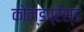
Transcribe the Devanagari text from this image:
कोल्डप्रेस्ड